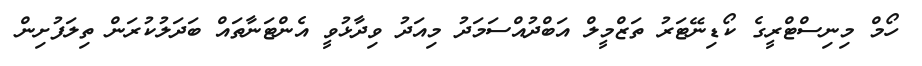
ހޯމް މިނިސްޓްރީގެ ކޯޑިނޭޓަރު ތަޒްމީލް އަބްދުއްސަމަދު މިއަދު ވިދާޅުވީ އެންޓަނާތައް ބަދަލުކުރަން ތިލަފުށިން